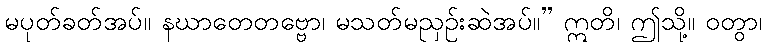
မပုတ်ခတ်အပ်။ နဃာတေတဗ္ဗော၊ မသတ်မညှဉ်းဆဲအပ်။” ဣတိ၊ ဤသို့။ ဝတွာ၊